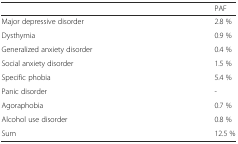
|  | PAF |
 | --- | --- |
 | Major depressive disorder | 2.8 % |
 | Dysthymia | 0.9 % |
 | Generalized anxiety disorder | 0.4 % |
 | Social anxiety disorder | 1.5 % |
 | Specific phobia | 5.4 % |
 | Panic disorder | - |
 | Agoraphobia | 0.7 % |
 | Alcohol use disorder | 0.8 % |
 | Sum | 12.5 % |